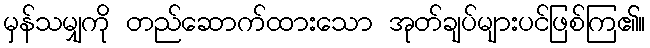
မှန်သမျှကို တည်ဆောက်ထားသော အုတ်ချပ်များပင်ဖြစ်ကြ၏။